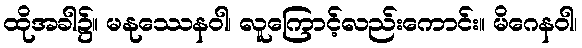
ထိုအခါ၌။ မနုဿေနဝါ၊ လူကြောင့်လည်းကောင်း။ မိဂေနဝါ၊